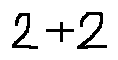
2 + 2